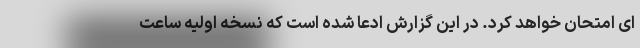
ای امتحان خواهد کرد. در این گزارش ادعا شده است که نسخه اولیه ساعت